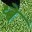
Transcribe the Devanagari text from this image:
ध्ब्बे